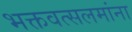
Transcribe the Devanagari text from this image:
भक्तवत्सलमांना